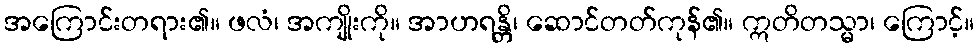
အကြောင်းတရား၏။ ဖလံ၊ အကျိုးကို။ အာဟရန္တိ၊ ဆောင်တတ်ကုန်၏။ ဣတိတသ္မာ၊ ကြောင့်။